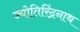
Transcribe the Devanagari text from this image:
ज्योतिरिंद्रनाथ